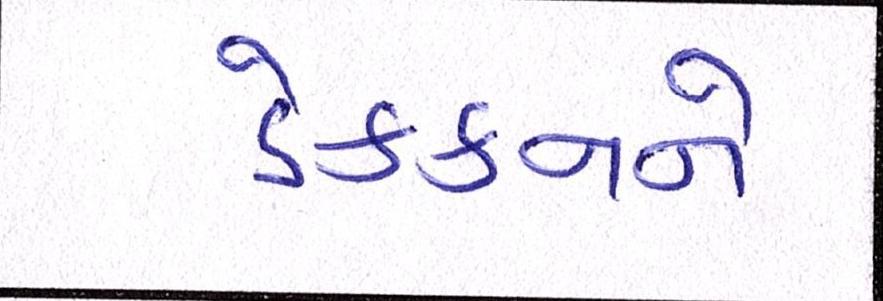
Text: ડેક્કનને